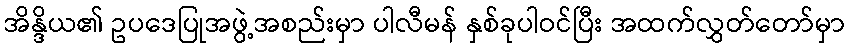
အိန္ဒိယ၏ ဥပဒေပြုအဖွဲ့အစည်းမှာ ပါလီမန် နှစ်ခုပါဝင်ပြီး အထက်လွှတ်တော်မှာ